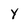
Character: y